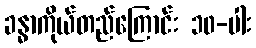
ခန္ဓာကိုယ်တည်ကြောင်း ၁၀-ပါး